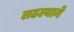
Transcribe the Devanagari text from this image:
लढल्याने